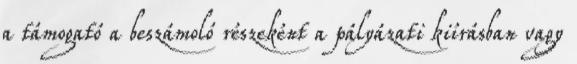
a támogató a beszámoló részeként a pályázati kiírásban vagy